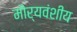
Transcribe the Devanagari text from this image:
मौर्यवंशीय